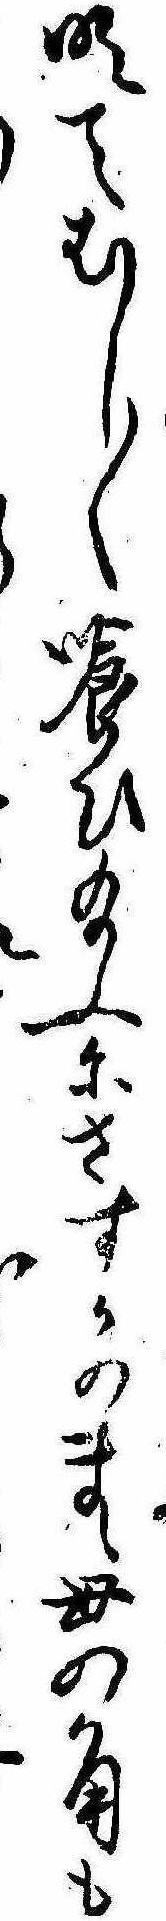
明てむし〱喰ひ給ふにさすかのまゝ母の角も